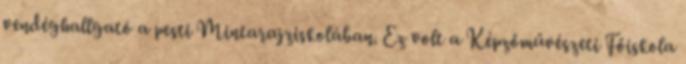
vendéghallgató a pesti Mintarajziskolában. Ez volt a Képzőművészeti Főiskola